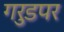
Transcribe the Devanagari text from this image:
गरुडपर